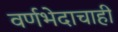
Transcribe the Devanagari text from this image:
वर्णभेदाचाही